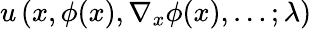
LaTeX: u\left(x,\phi(x),\nabla_{x}\phi(x),\dots;\lambda\right)